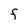
Character: F